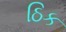
ઠિક